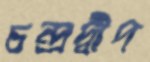
চন্দ্রদ্বীপ